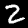
Label: 2